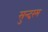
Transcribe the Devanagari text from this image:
सुन्दरंम